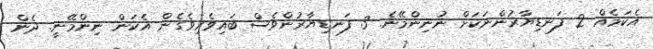
އެކަމެއް 2 ފަނޑިޔާރުންނަކަށް ނުނިންމޭނެ. 3 ފަނޑިޔާރުންވެސް ބައިވެރިވެގެން އެކަން ނިންމޭނީ. ދެން